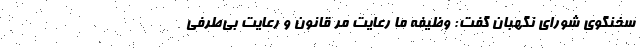
سخنگوی شورای نگهبان گفت: وظیفه ما رعایت مُرّ قانون و رعایت بی‌طرفی